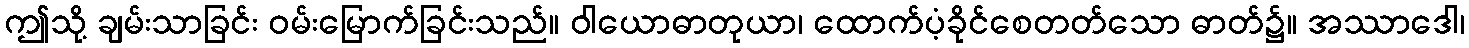
ဤသို့ ချမ်းသာခြင်း ဝမ်းမြောက်ခြင်းသည်။ ဝါယောဓာတုယာ၊ ထောက်ပံ့ခိုင်စေတတ်သော ဓာတ်၌။ အဿာဒေါ၊